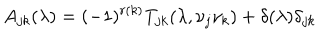
A _ { j k } ( \lambda ) = ( - 1 ) ^ { r ( k ) } T _ { j k } ( \lambda , \nu _ { j } \nu _ { k } ) + \delta ( \lambda ) \delta _ { j k }